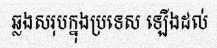
ឆ្លងសរុបក្នុងប្រទេស ឡើងដល់